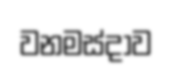
වනමස්දාව